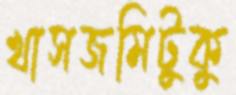
খাসজমিটুকু